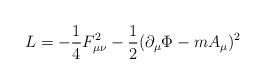
LaTeX: \begin{align*}{\sl L}= -\frac{1}{4} F_{\mu \nu}^2 - \frac{1}{2} (\partial_\mu \Phi - m A_\mu)^2\end{align*}